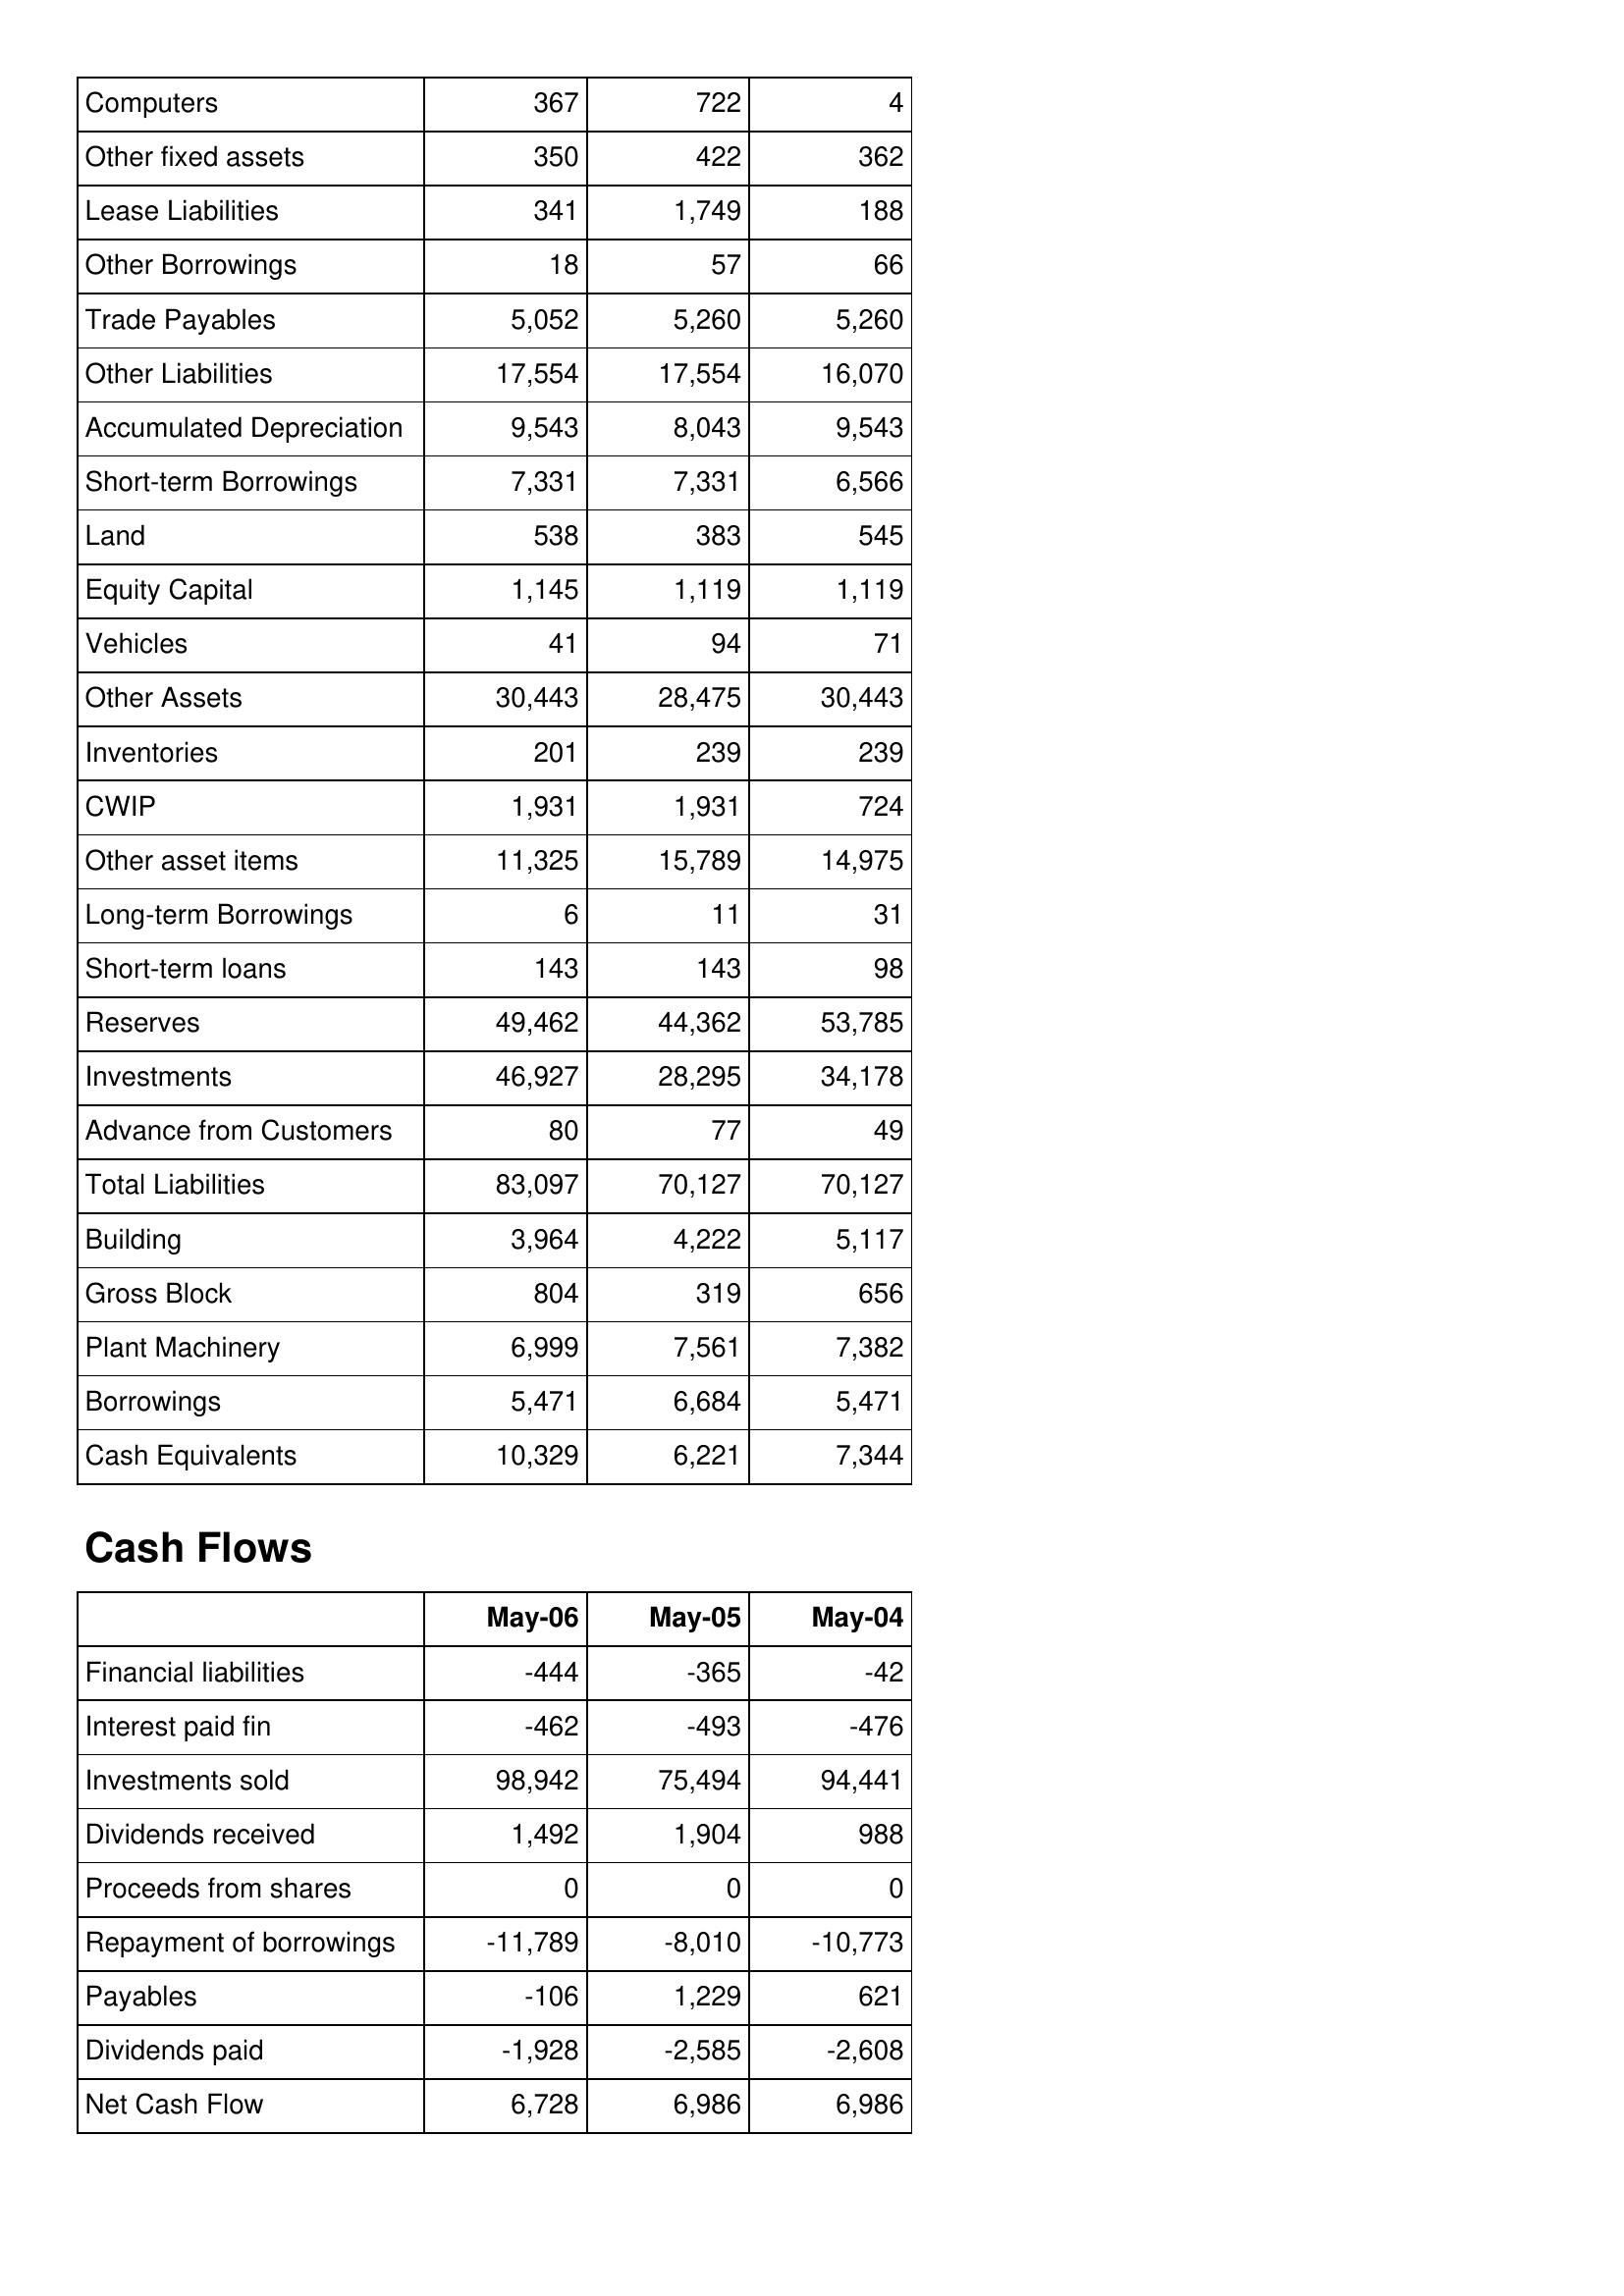
May-06: Balance Sheet: Computers: 367
Other fixed assets: 350
Lease Liabilities: 341
Other Borrowings: 18
Trade Payables: 5,052
Other Liabilities: 17,554
Accumulated Depreciation: 9,543
Short-term Borrowings: 7,331
Land: 538
Equity Capital: 1,145
Vehicles: 41
Other Assets: 30,443
Inventories: 201
CWIP: 1,931
Other asset items: 11,325
Long-term Borrowings: 6
Short-term loans: 143
Reserves: 49,462
Investments: 46,927
Advance from Customers: 80
Total Liabilities: 83,097
Building: 3,964
Gross Block: 804
Plant Machinery: 6,999
Borrowings: 5,471
Cash Equivalents: 10,329
Cash Flows: Financial liabilities: -444
Interest paid fin: -462
Investments sold: 98,942
Dividends received: 1,492
Proceeds from shares: 0
Repayment of borrowings: -11,789
Payables: -106
Dividends paid: -1,928
Net Cash Flow: 6,728
May-05: Balance Sheet: Computers: 722
Other fixed assets: 422
Lease Liabilities: 1,749
Other Borrowings: 57
Trade Payables: 5,260
Other Liabilities: 17,554
Accumulated Depreciation: 8,043
Short-term Borrowings: 7,331
Land: 383
Equity Capital: 1,119
Vehicles: 94
Other Assets: 28,475
Inventories: 239
CWIP: 1,931
Other asset items: 15,789
Long-term Borrowings: 11
Short-term loans: 143
Reserves: 44,362
Investments: 28,295
Advance from Customers: 77
Total Liabilities: 70,127
Building: 4,222
Gross Block: 319
Plant Machinery: 7,561
Borrowings: 6,684
Cash Equivalents: 6,221
Cash Flows: Financial liabilities: -365
Interest paid fin: -493
Investments sold: 75,494
Dividends received: 1,904
Proceeds from shares: 0
Repayment of borrowings: -8,010
Payables: 1,229
Dividends paid: -2,585
Net Cash Flow: 6,986
May-04: Balance Sheet: Computers: 4
Other fixed assets: 362
Lease Liabilities: 188
Other Borrowings: 66
Trade Payables: 5,260
Other Liabilities: 16,070
Accumulated Depreciation: 9,543
Short-term Borrowings: 6,566
Land: 545
Equity Capital: 1,119
Vehicles: 71
Other Assets: 30,443
Inventories: 239
CWIP: 724
Other asset items: 14,975
Long-term Borrowings: 31
Short-term loans: 98
Reserves: 53,785
Investments: 34,178
Advance from Customers: 49
Total Liabilities: 70,127
Building: 5,117
Gross Block: 656
Plant Machinery: 7,382
Borrowings: 5,471
Cash Equivalents: 7,344
Cash Flows: Financial liabilities: -42
Interest paid fin: -476
Investments sold: 94,441
Dividends received: 988
Proceeds from shares: 0
Repayment of borrowings: -10,773
Payables: 621
Dividends paid: -2,608
Net Cash Flow: 6,986